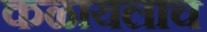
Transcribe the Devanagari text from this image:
कळायलाच